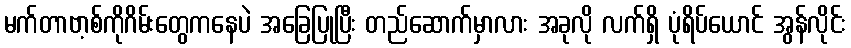
မက်တာဗာ့စ်ကိုဂိမ်းတွေကနေပဲ အခြေပြုပြီး တည်ဆောက်မှာလား အခုလို လက်ရှိ ပုံရိပ်ယောင် အွန်လိုင်း